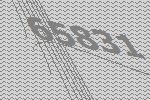
65831